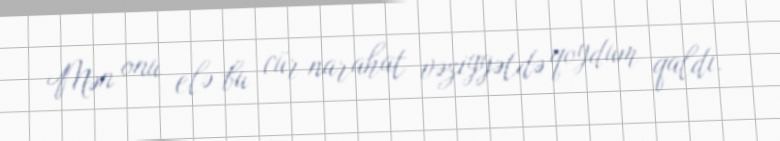
Mən onu elə bu cür narahat vəziyyətdə qoydum qaldı.